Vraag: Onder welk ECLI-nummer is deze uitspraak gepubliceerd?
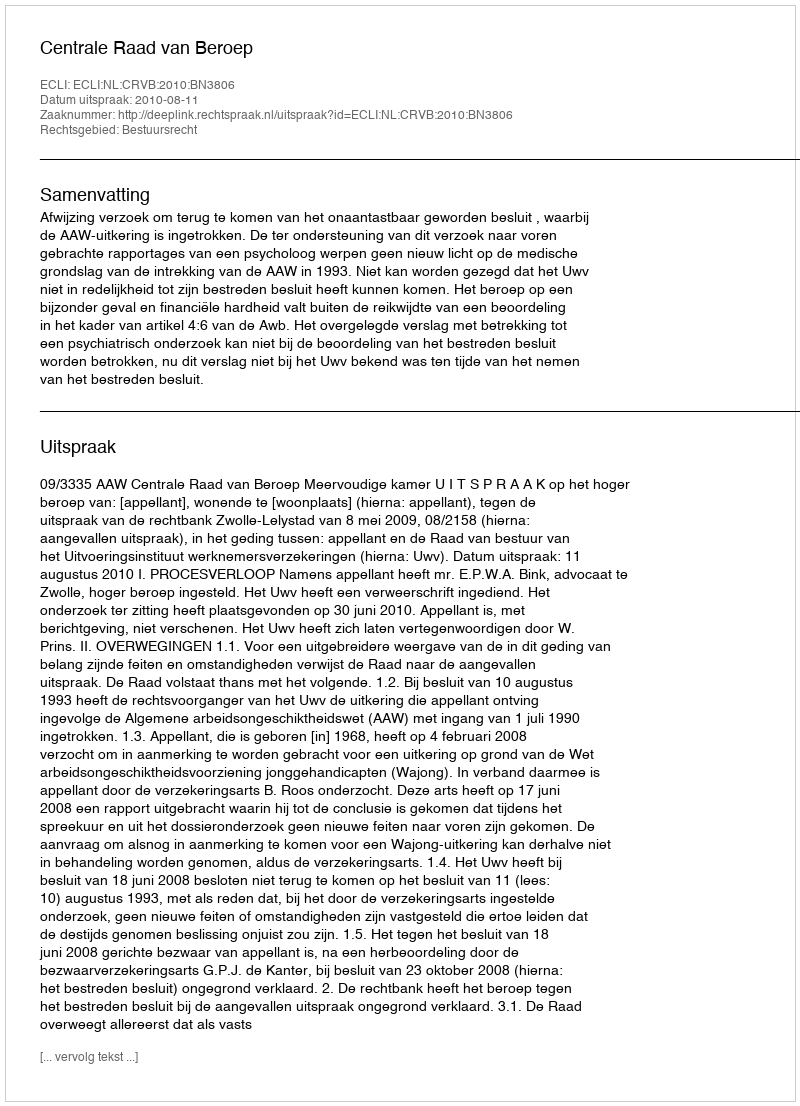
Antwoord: ECLI:NL:CRVB:2010:BN3806